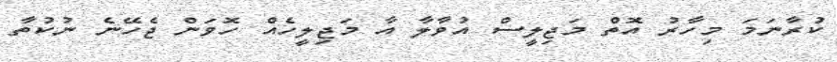
ކުރާނަމަ މިހާރު އޮތް މަޖިލީސް އުވާލާ އާ މަޖިލީހެެއް ހޮވަން ޖެހޭނެ ނުކުތާ